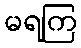
မရကြ